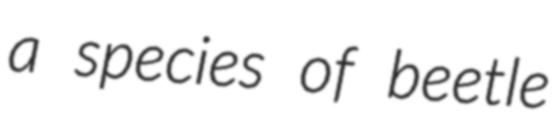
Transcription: a species of beetle